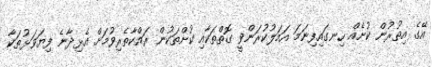
އޭގެ އިތުރުން ކުށެއް ހިނގައިފިނަމަ އަމަލުކުރަންވީ ގޮތްތަކާއި ކުށްތަކުން ރައްކާތެރިވުމަށް އެޅިދާނެ ފިޔަވަޅުތަކާ